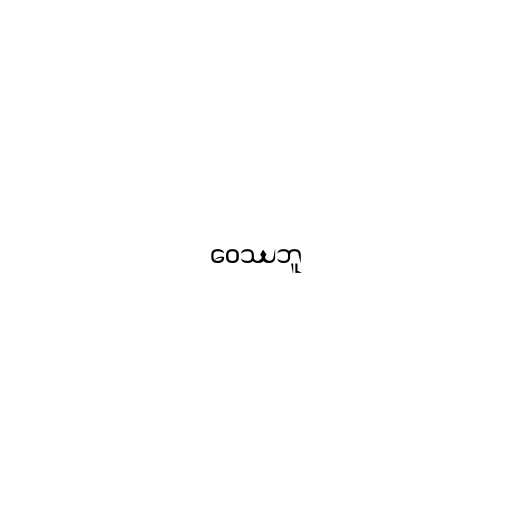
ဝေဿဘူ